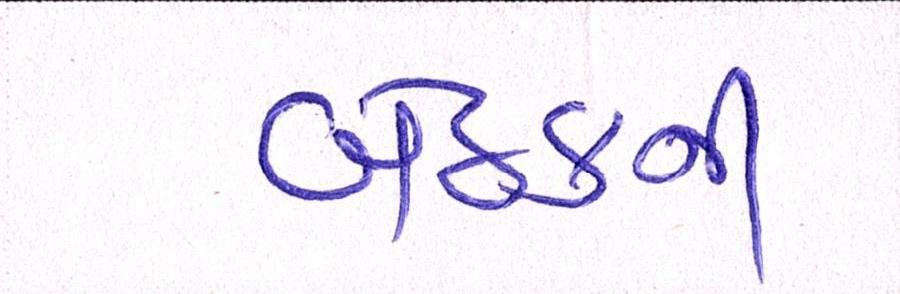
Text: બેઠકની